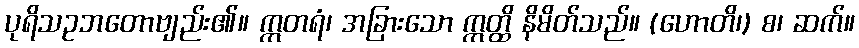
ပုရိသဥဘတောဗျည်း၏။ ဣတရံ၊ အခြားသော ဣတ္ထိ နိမိတ်သည်။ (ဟောတိ၊) စ၊ ဆက်။